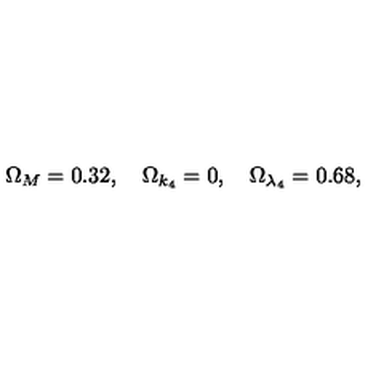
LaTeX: \Omega _ { M } = 0 . 3 2 , \quad \Omega _ { k _ { 4 } } = 0 , \quad \Omega _ { \lambda _ { 4 } } = 0 . 6 8 ,